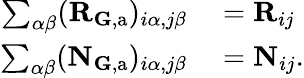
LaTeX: \begin{array}{rl}{\sum_{\alpha\beta}(\mathbf{R}_{{\mathbf G},\mathrm{a}})_{i\alpha,j\beta}}&{{}=\mathbf{R}_{ij}}\\ {\sum_{\alpha\beta}(\mathbf{N}_{\mathbf{G},\mathrm{a}})_{i\alpha,j\beta}}&{{}=\mathbf{N}_{ij}.}\end{array}